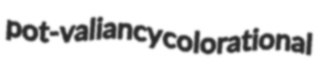
pot-valiancy colorational